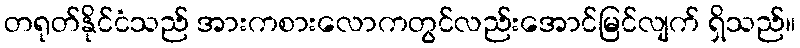
တရုတ်နိုင်ငံသည် အားကစားလောကတွင်လည်းအောင်မြင်လျက် ရှိသည်။